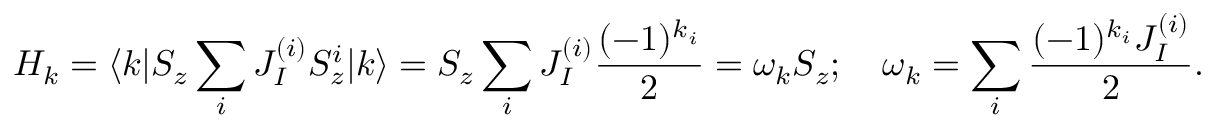
H _ { k } = \langle k | S _ { z } \sum _ { i } J _ { I } ^ { ( i ) } S _ { z } ^ { i } | k \rangle = S _ { z } \sum _ { i } J _ { I } ^ { ( i ) } \frac { ( - 1 ) ^ { k _ { i } } } { 2 } = \omega _ { k } S _ { z } ; \quad \omega _ { k } = \sum _ { i } \frac { ( - 1 ) ^ { k _ { i } } J _ { I } ^ { ( i ) } } { 2 } .